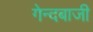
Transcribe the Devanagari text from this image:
गेन्दबाजी